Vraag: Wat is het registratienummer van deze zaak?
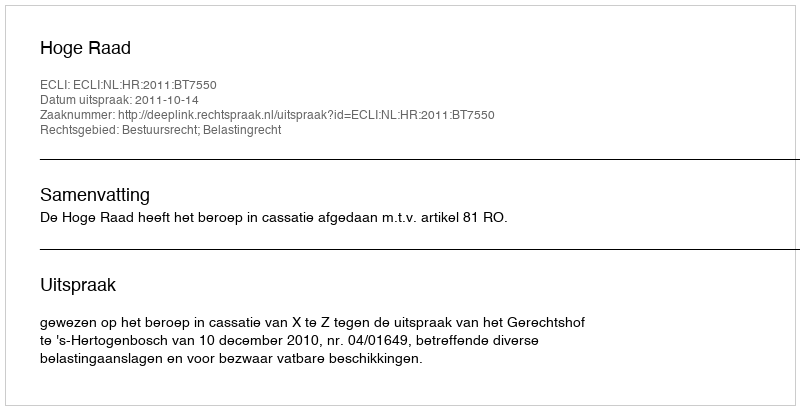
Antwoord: http://deeplink.rechtspraak.nl/uitspraak?id=ECLI:NL:HR:2011:BT7550